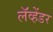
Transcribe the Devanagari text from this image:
लॅव्हेंडर